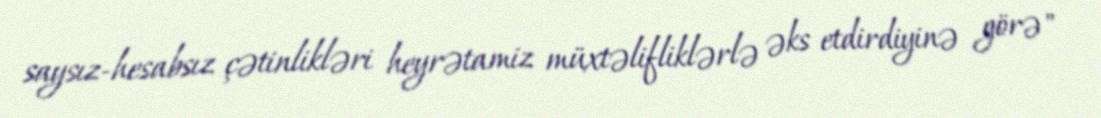
saysız-hesabsız çətinlikləri heyrətamiz müxtəlifliklərlə əks etdirdiyinə görə"